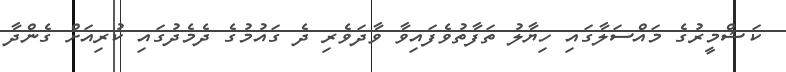
ކަޝްމީރުގެ މައްސަލާގައި ހިޔާލު ތަފާތުވެފައިވާ ވާދަވެރި ދެ ގައުމުގެ ދެމެދުގައި ކުރިއަށް ގެންދާ